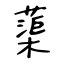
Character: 蕖